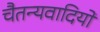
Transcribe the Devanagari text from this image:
चैतन्यवादियों